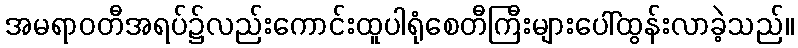
အမရာဝတီအရပ်၌လည်းကောင်းထူပါရုံစေတီကြီးများပေါ်ထွန်းလာခဲ့သည်။